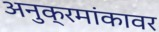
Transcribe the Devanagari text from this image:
अनुक्रमांकावर